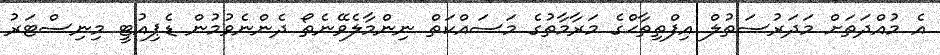
އެ މުއްދަތަށް މަދަރުސަތުލް އިފްތިތާޙްގެ މަރާމާތުގެ މަަސައްކަތް ނިންމާލެވޭނެތޯ ދެންނެވުމުން ޑެޕިއުޓީ މިނިސްޓަރު